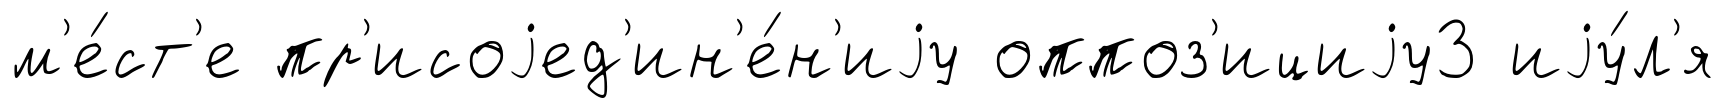
м'е́ст'е пр'исоjед'ин'е́н'иjу оппоз'ициjу3 иjу́л'я